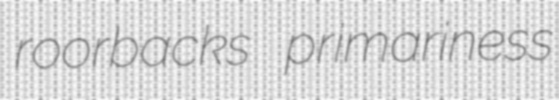
roorbacks primariness